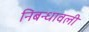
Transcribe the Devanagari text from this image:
निबन्‍धावली